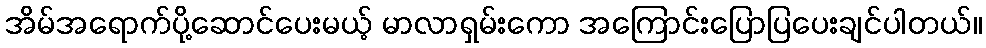
အိမ်အရောက်ပို့ဆောင်ပေးမယ့် မာလာရှမ်းကော အကြောင်းပြောပြပေးချင်ပါတယ်။